Report on vaccination proceedings throughout the Government of Bengal -
Year: 1868
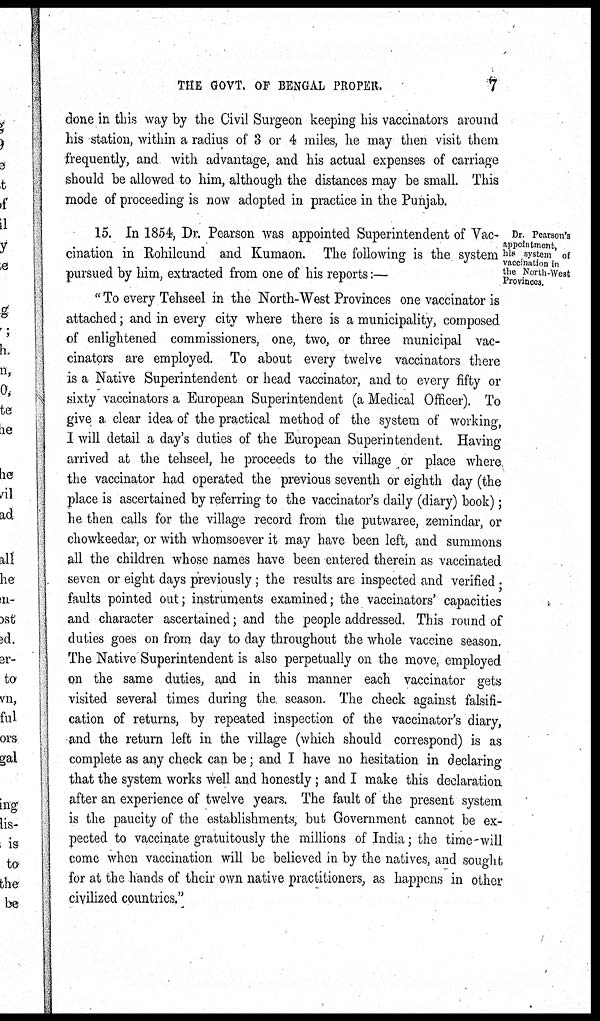
THE GOVT. OF BENGAL PROPER.
7
done in this way by the Civil Surgeon keeping his vaccinators around
his station, within a radius of 3 or 4 miles, he may then visit them
frequently, and with advantage, and his actual expenses of carriage
should be allowed to him, although the distances may be small. This
mode of proceeding is now adopted in practice in the Punjab.
Dr. Pearson's
appointment,
his system of
vaccination in
the North-West
Provinces.
15. In 1854, Dr. Pearson was appointed Superintendent of Vac¬
cination in Rohilcund and Kumaon. The following is the system
pursued by him, extracted from one of his reports:—
" To every Tehseel in the North-West Provinces one vaccinator is
attached; and in every city where there is a municipality, composed
of enlightened commissioners, one, two, or three municipal vac-
cinators are employed. To about every twelve vaccinators there
is a Native Superintendent or head vaccinator, and to every fifty or
sixty vaccinators a European Superintendent (a Medical Officer). To
give a clear idea of the practical method of the system of working,
I will detail a day's duties of the European Superintendent. Having
arrived at the tehseel, he proceeds to the village or place where
the vaccinator had operated the previous seventh or eighth day (the
place is ascertained by referring to the vaccinator's daily (diary) book);
he then calls for the village record from the putwaree, zemindar, or
chowkeedar, or with whomsoever it may have been left, and summons
all the children whose names have been entered therein as vaccinated
seven or eight days previously; the results are inspected and verified ;
faults pointed out; instruments examined; the vaccinators' capacities
and character ascertained; and the people addressed. This round of
duties goes on from day to day throughout the whole vaccine season.
The Native Superintendent is also perpetually on the move, employed
on the same duties, and in this manner each vaccinator gets
visited several times during the season. The check against falsifi-
cation of returns, by repeated inspection of the vaccinator's diary,
and the return left in the village (which should correspond) is as
complete as any check can be; and I have no hesitation in declaring
that the system works well and honestly; and I make this declaration
after an experience of twelve years. The fault of the present system
is the paucity of the establishments, but Government cannot be ex-
pected to vaccinate gratuitously the millions of India; the time-will
come when vaccination will be believed in by the natives, and sought
for at the hands of their own native practitioners, as happens in other
civilized countries."